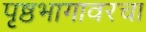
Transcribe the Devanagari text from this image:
पृष्ठभागावरचा